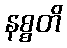
နစ္စတိ